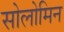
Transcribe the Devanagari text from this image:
सोलोमिन